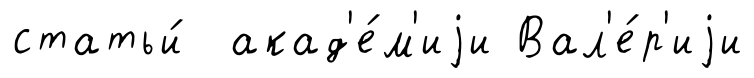
статьи́ акад'е́м'иjи Вал'е́р'иjи